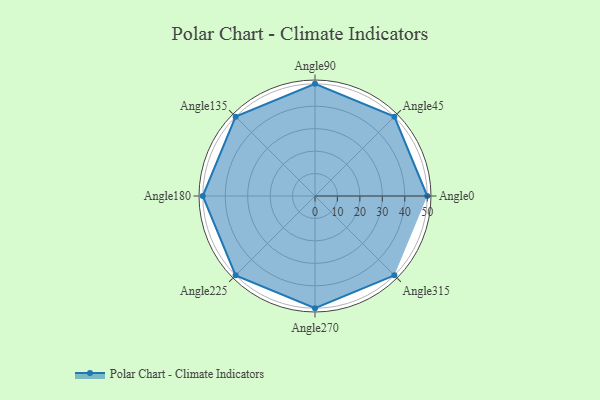
{"axis": {"x": "Angle", "y": "Radius"}, "legend": [""], "data": [{"x": "Angle0", "y": 50, "type": ""}, {"x": "Angle45", "y": 50, "type": ""}, {"x": "Angle90", "y": 50, "type": ""}, {"x": "Angle135", "y": 50, "type": ""}, {"x": "Angle180", "y": 50, "type": ""}, {"x": "Angle225", "y": 50, "type": ""}, {"x": "Angle270", "y": 50, "type": ""}, {"x": "Angle315", "y": 50, "type": ""}]}